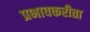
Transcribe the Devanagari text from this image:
प्रभावकरीता